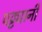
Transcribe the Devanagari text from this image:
पट्ट्यानी